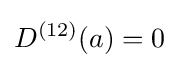
D^{(12)}(a)=0